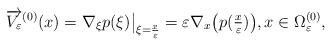
LaTeX: \begin{align*} \overrightarrow{V_\varepsilon}^{(0)}(x) = \nabla_{\xi} p(\xi)\big|_{\xi = \frac{x}{\varepsilon}} = \varepsilon \nabla_x \big( p(\tfrac{x}{\varepsilon}) \big), x\in \Omega^{(0)}_\varepsilon,\end{align*}